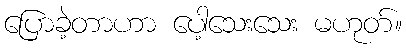
ပြောခဲ့တာဟာ ပေါ့သေးသေး မဟုတ်။